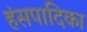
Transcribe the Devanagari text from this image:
हंसपादिका